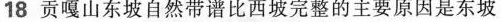
18贡嘎山东坡自然带谱比西坡完整的主要原因是东坡